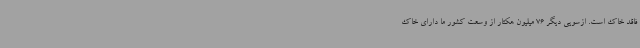
فاقد خاک است. ازسویی دیگر 76 میلیون هکتار از وسعت کشور ما دارای خاک